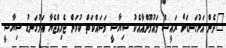
"ދެން އަޅުގަނޑަށް ރައީސް މައުމޫންއާއެކު ސިޔާސީ މަސައްކަތް ކުރަން ޖެހިއްޖެޔާ އަޅުގަނޑު ސިޔާސީ